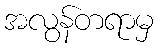
အလွန်တရာမှ